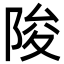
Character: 陖